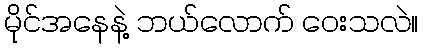
မိုင်အနေနဲ့ ဘယ်လောက် ဝေးသလဲ။